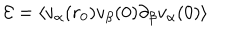
{ \cal E } = \left\langle v _ { \alpha } ( r _ { 0 } ) v _ { \beta } ( 0 ) \partial _ { \beta } v _ { \alpha } ( 0 ) \right\rangle